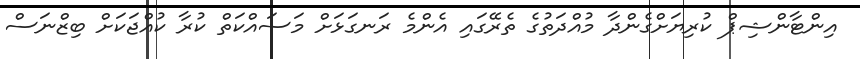
އިންޓާންޝިޕް ކުރިޔަށްގެންދާ މުއްދަތުގެ ތެރޭގައި އެންމެ ރަނގަޅަށް މަސައްކަތް ކުރާ ކުއްޖަކަށް ބިޒްނަސް